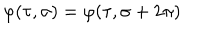
LaTeX: \varphi ( \tau , \sigma ) = \varphi ( \tau , \sigma + 2 \pi )